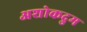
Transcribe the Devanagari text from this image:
अशोकद्रुम